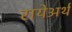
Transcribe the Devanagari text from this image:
रायेअर्थ